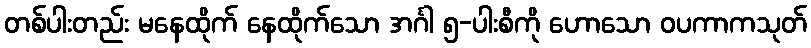
တစ်ပါးတည်း မနေထိုက် နေထိုက်သော အင်္ဂါ ၅-ပါးစီကို ဟောသော ဝပကာကသုတ်